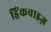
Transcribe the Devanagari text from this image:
ड्रिंकवाइज़